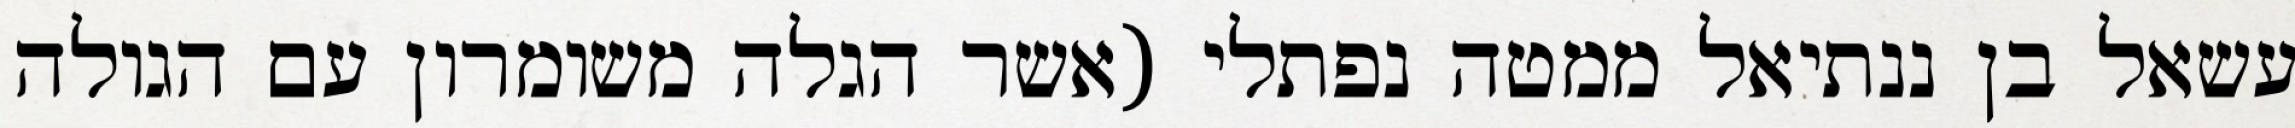
עשאל בן ננתיאל ממטה נפתלי (אשר הגלה משומרון עם הגולה